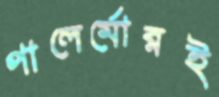
পালের্মোরই